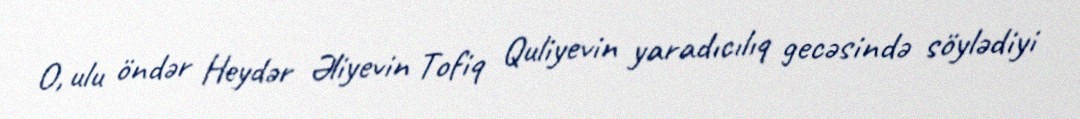
O, ulu öndər Heydər Əliyevin Tofiq Quliyevin yaradıcılıq gecəsində söylədiyi